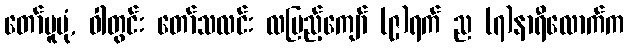
တော်မူပုံ, ဝါတွင်း တော်သလင်း လပြည့်ကျော် (၉)ရက် ည (၇)နာရီလောက်က